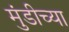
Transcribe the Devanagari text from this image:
मुंडीच्या